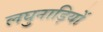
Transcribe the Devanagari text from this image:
लघुनाड़ियों